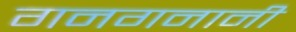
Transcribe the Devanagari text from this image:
गनगनानी